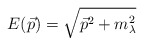
\begin{align*}E(\vec{p})=\sqrt{\vec{p}^{2}+m_{\lambda }^{2}}\end{align*}